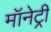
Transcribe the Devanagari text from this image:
मॉनेट्री